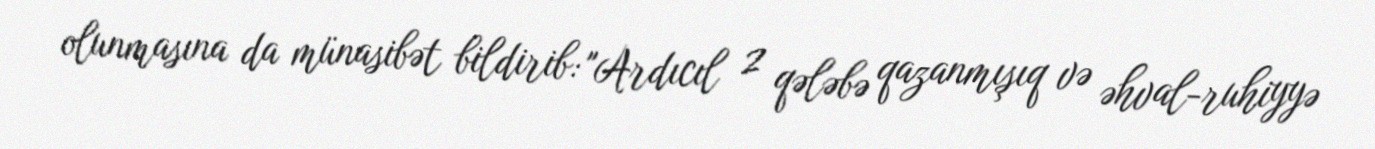
olunmasına da münasibət bildirib: "Ardıcıl 2 qələbə qazanmışıq və əhval-ruhiyyə